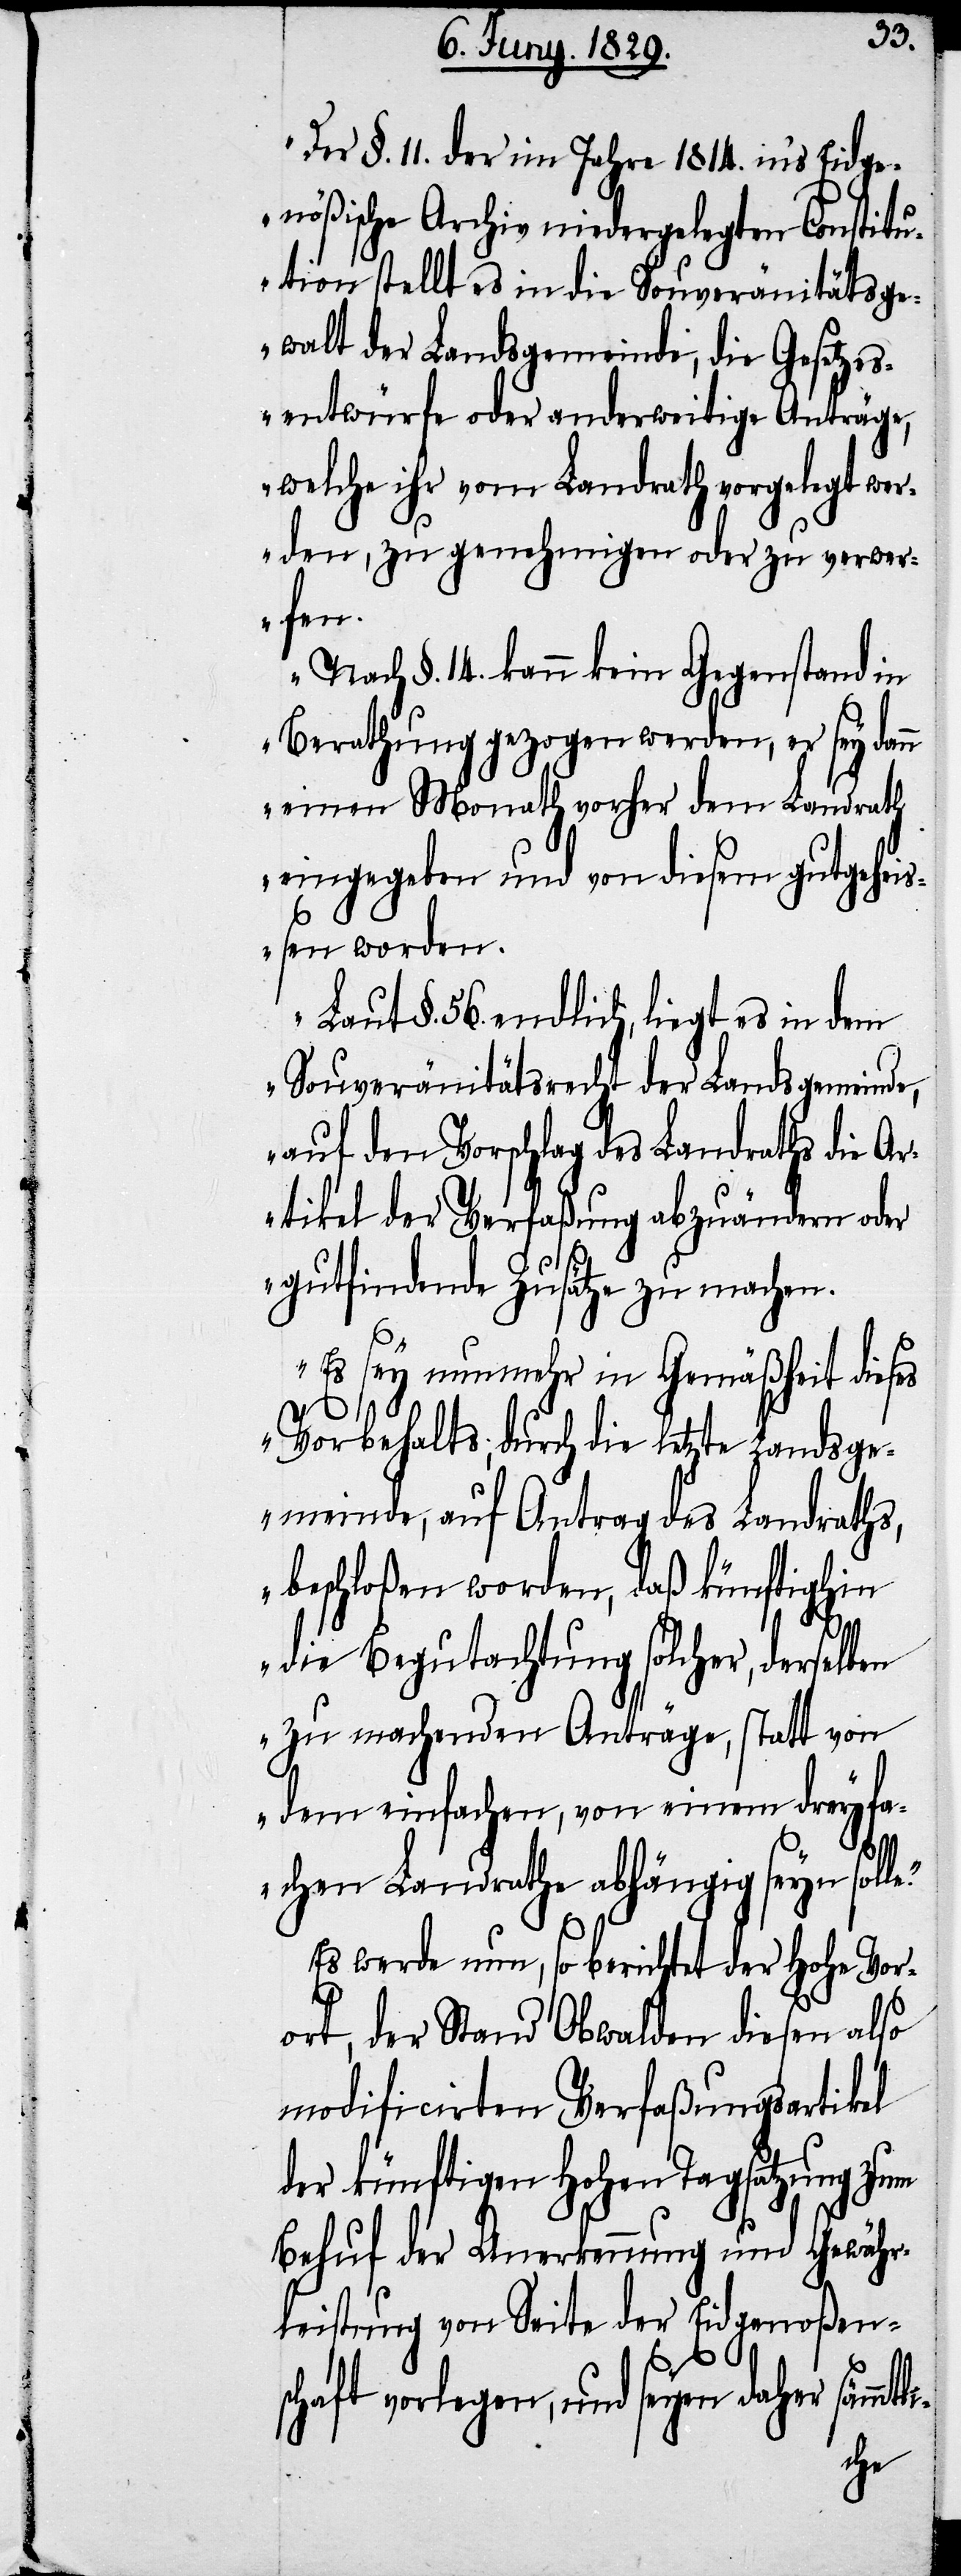
e.“
„Der §. 11. der im Jahre 1814. in’s Eidge¬
nößische Archiv niedergelegten Constitu¬
tion stellt es in die Souveränitätsge¬
walt der Landsgemeinde, die Gesetzes¬
entwürfe oder anderweitige Anträge,
welche ihr vom Landrath vorgelegt wer¬
den, zu genehmigen oder zu verwer¬
fen.
Nach §. 14. kann kein Gegenstand in
Berathung gezogen werden, er sey dann
einen Monath vorher dem Landrath
eingegeben und von diesem gutgehe¬
ißen worden.
Laut §. 56. endlich, liegt es in dem
Souveränitätsrecht der Landsgemeinde,
auf den Vorschlag des Landraths die Ar¬
tikel der Verfaßung abzuändern oder
gutgefundene Zusätze zu machen.
Es sey nunmehr in Gemäßheit dieses
Vorbehalts, durch die letzte Landsge¬
meinde, auf Antrag des Landraths,
beschloßen worden, daß künftighin
die Begutachtung solcher, derselben
zu machenden Anträge, statt von
dem einfachen, von einem dreyfa¬
chen Landrathe abhängig seyn soll¬
Es werde nun, so berichtet der Hohe Vor¬
ort, der Stand Obwalden diesen also
modificirten Verfaßungsartikel
der künftigen Hohen Tagsatzung zum
Behuf der Anerkennung und Gewähr¬
leistung von Seite der Eidgenoßen¬
schaft vorlegen, und seyen daher sämmt¬
li-